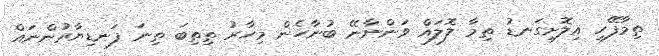
ތިމާފޭހި އިލޮށިގަނޑު ތިމާ ލޮލައް ވަންނާނޭ ބުނާހެން މިހާރު ތިތިބަ ތިނަ ފަނޑިޔާރުންނައް